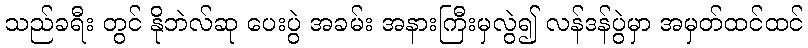
သည်ခရီး တွင် နိုဘဲလ်ဆု ပေးပွဲ အခမ်း အနားကြီးမှလွဲ၍ လန်ဒန်ပွဲမှာ အမှတ်ထင်ထင်